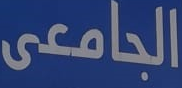
الجامعى